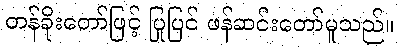
တန်ခိုးတော်ဖြင့် ပြုပြင် ဖန်ဆင်းတော်မူသည်။